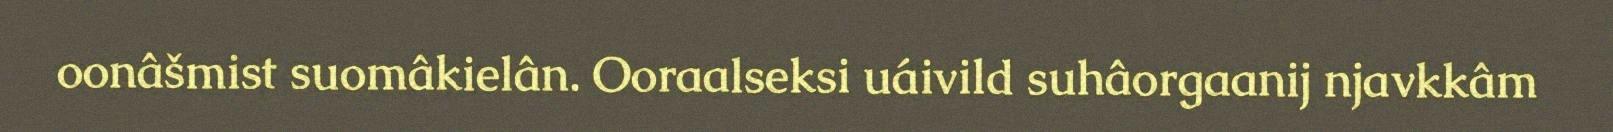
oonâšmist suomâkielân. Ooraalseksi uáivild suhâorgaanij njavkkâm